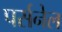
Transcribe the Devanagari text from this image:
पर्सनेल